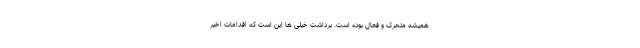
همیشه متحرک و فعال بوده است‌. برداشت خیلی ها این است که اقدامات اخیر